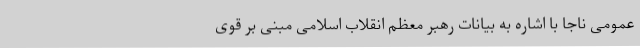
عمومی ناجا با اشاره به بیانات رهبر معظم انقلاب اسلامی مبنی بر قوی